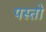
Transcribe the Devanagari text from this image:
पस्तो